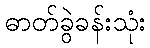
ဓာတ်ခွဲခန်းသုံး